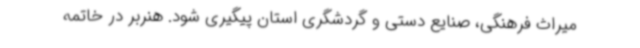
میراث فرهنگی، صنایع دستی و گردشگری استان پیگیری شود. هنربر در خاتمه